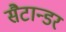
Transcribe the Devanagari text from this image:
सैटान्डर